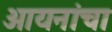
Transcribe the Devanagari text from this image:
आयनांचा